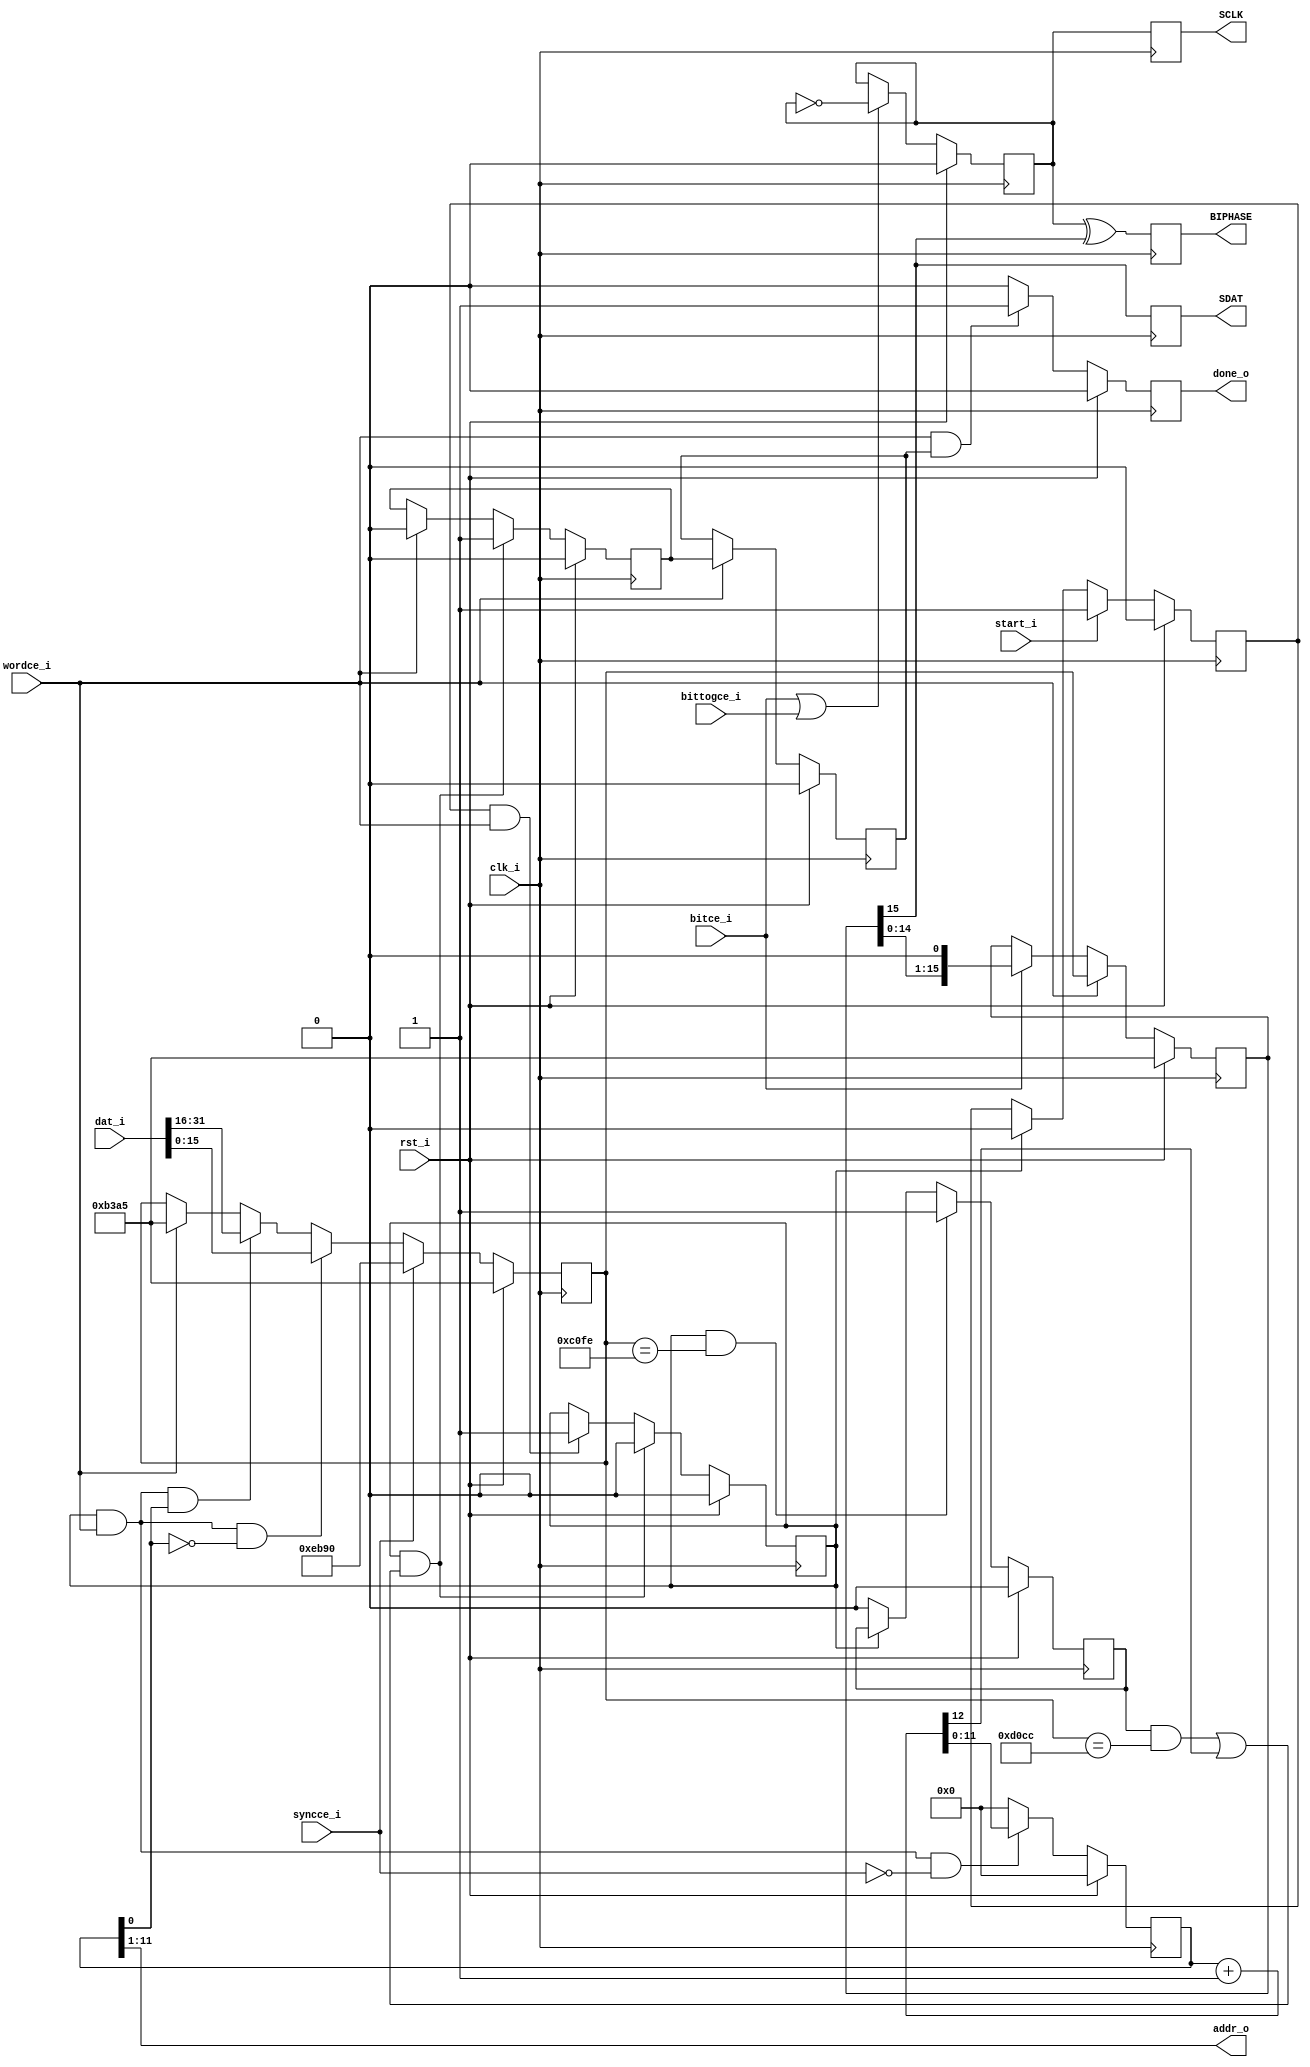
`timescale 1ns / 1ps
////////////////////////////////////////////////////////////////////////////////
// This file is a part of the Antarctic Impulsive Transient Antenna (ANITA)
// project, a collaborative scientific effort between multiple institutions. For
// more information, contact Peter Gorham (gorham@phys.hawaii.edu).
//
// All rights reserved.
//
// Author:
// Author:
////////////////////////////////////////////////////////////////////////////////
module telemetry_generator(
		input clk_i,
		input rst_i,
		input bitce_i,
		input bittogce_i,
		input wordce_i,
		input syncce_i,
		input start_i,
		output done_o,
		output [10:0] addr_o,
		input [31:0] dat_i,
		output SDAT,
		output SCLK,
		output BIPHASE
    );
	localparam [15:0] SYNC_WORD = 16'hEB90;
	localparam [15:0] IDLE_WORD = 16'hB3A5;
	localparam [15:0] END_WORD_1 = 16'hC0FE;
	localparam [15:0] END_WORD_2 = 16'hD0CC;
	
	(* IOB = "TRUE" *)
	reg sdat_reg = 0;
	(* IOB = "TRUE" *)
	reg sclk_reg = 0;
	(* IOB = "TRUE" *)
	reg biphase_reg = 0;

	reg [15:0] next_serial_data = IDLE_WORD;
	reg [15:0] shift_register = IDLE_WORD;
	reg sclk = 0;
	
	reg [11:0] addr_reg = {12{1'b0}};
	wire [12:0] addr_reg_next = addr_reg + 1;
	reg seen_c0fe = 0;
	reg last_word = 0;
	reg last_word_finishing = 0;
	reg buffer_done = 0;
	reg sending_buffer = 0;
	reg start_seen = 0;
	
	wire end_write = (seen_c0fe && (next_serial_data == END_WORD_2)) || addr_reg_next[12];
	
	always @(posedge clk_i) begin
		if (rst_i) start_seen <= 0;
		else if (start_i) start_seen <= 1;
		else if (sending_buffer) start_seen <= 0;
		
		if (rst_i) addr_reg <= {12{1'b0}};
		else if (sending_buffer && wordce_i && !syncce_i) addr_reg <= addr_reg_next[11:0];
		else addr_reg <= {12{1'b0}};
		
		if (rst_i) seen_c0fe <= 0;
		else if (sending_buffer && (next_serial_data == END_WORD_1)) seen_c0fe <= 1;
		else if (!sending_buffer) seen_c0fe <= 0;
		
		// sending_buffer goes low before D0CC is loaded onto the outgoing shift register.
		// So sending_buffer_done needs 2 more wordce's before it's good.
		if (rst_i) sending_buffer <= 0;
		else if (sending_buffer && end_write) sending_buffer <= 0;
		else if (start_seen && wordce_i) sending_buffer <= 1;
		
		if (rst_i) last_word <= 0;
		else if (sending_buffer && end_write) last_word <= 1;
		else if (wordce_i) last_word <= 0;
		
		if (rst_i) last_word_finishing <= 0;
		else if (wordce_i) last_word_finishing <= last_word;
		
		if (rst_i) buffer_done <= 0;
		else if (wordce_i && last_word_finishing) buffer_done <= 1;
		else buffer_done <= 0;
		
		if (rst_i) next_serial_data <= IDLE_WORD;
		else if (syncce_i) next_serial_data <= SYNC_WORD;
		else if (sending_buffer && wordce_i && !addr_reg[0]) next_serial_data <= dat_i[15:0];
		else if (sending_buffer && wordce_i && addr_reg[0]) next_serial_data <= dat_i[31:16];
		else if (wordce_i) next_serial_data <= IDLE_WORD;
		
		if (rst_i) shift_register <= IDLE_WORD;
		else if (wordce_i) shift_register <= next_serial_data;
		else if (bitce_i) shift_register <= {shift_register[14:0],1'b0};
		
		if (rst_i) sclk <= 0;
		else if (bitce_i || bittogce_i) sclk <= ~sclk;

		sclk_reg <= sclk;
		sdat_reg <= shift_register[15];
		biphase_reg <= sclk ^ shift_register[15];
	end
	
	assign SCLK = sclk_reg;
	assign SDAT = sdat_reg;
	assign BIPHASE = biphase_reg;
	assign addr_o = addr_reg[11:1];
	assign done_o = buffer_done;
endmodule